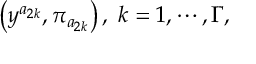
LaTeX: \left( y ^ { a _ { 2 k } } , \pi _ { a _ { 2 k } } \right) , \; k = 1 , \cdots , \Gamma ,